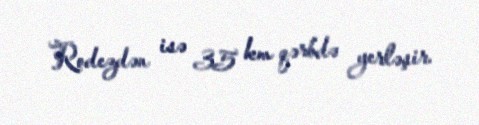
Rodezdən isə 35 km qərbdə yerləşir.